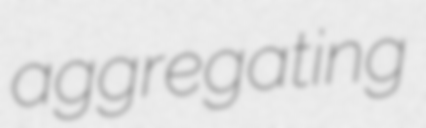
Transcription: aggregating